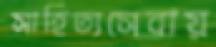
সাহিত্যসেবায়